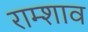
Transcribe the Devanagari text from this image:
राम्शाव